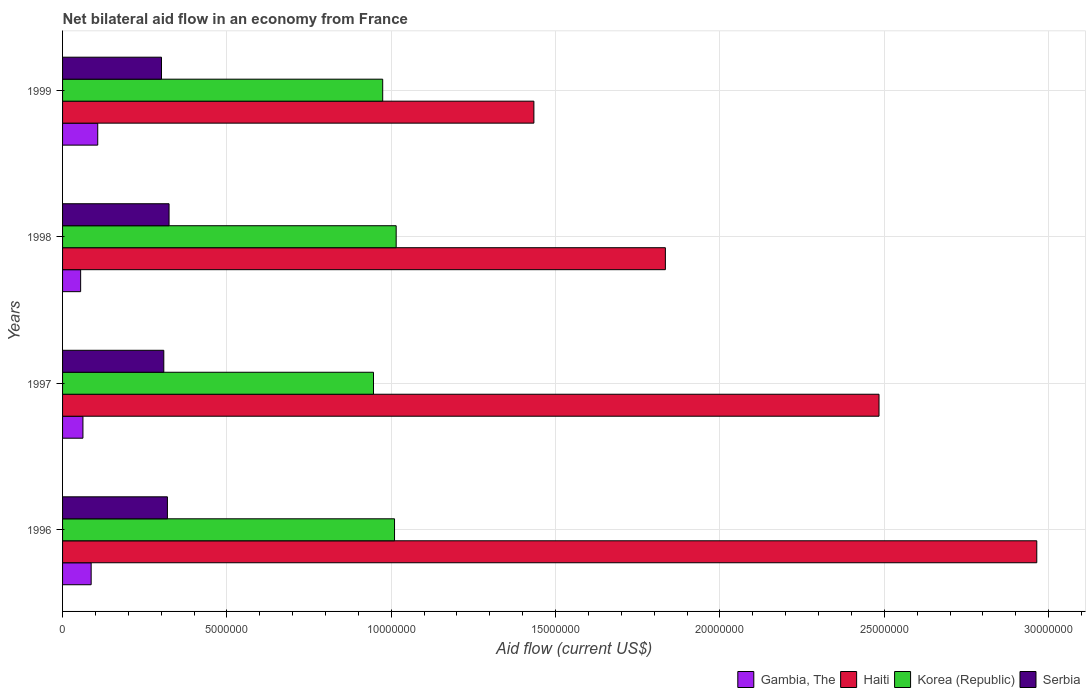
| Years | Gambia, The | Haiti | Korea (Republic) | Serbia |
 | --- | --- | --- | --- | --- |
 | 1996 | 8.7e+05 | 2.96e+07 | 1.01e+07 | 3.19e+06 |
 | 1997 | 6.2e+05 | 2.48e+07 | 9.46e+06 | 3.08e+06 |
 | 1998 | 5.5e+05 | 1.83e+07 | 1.02e+07 | 3.24e+06 |
 | 1999 | 1.07e+06 | 1.43e+07 | 9.74e+06 | 3.01e+06 |